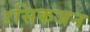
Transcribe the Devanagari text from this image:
रसिकजन